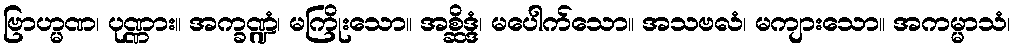
ဗြာဟ္မဏ၊ ပုဏ္ဏား။ အက္ခဏ္ဍံ၊ မကြိုးသော။ အစ္ဆိဒ္ဒံ၊ မပေါက်သော။ အသဗလံ၊ မကျားသော။ အကမ္မာသံ၊